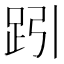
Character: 𧿯